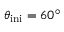
\theta _ { \mathrm { i n i } } = 6 0 ^ { \circ }